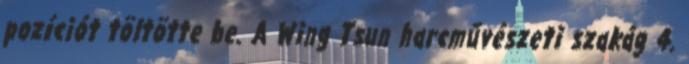
pozíciót töltötte be. A Wing Tsun harcművészeti szakág 4.